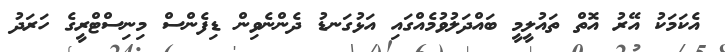
އެކަމަކު އޭރު އޮތް ތައުލީމީ ބައްދަލުވުމެއްގައި އަޅުގަނޑު ދެންނެވިން ޑިފެންސް މިނިސްޓްރީގެ ހަރަދު